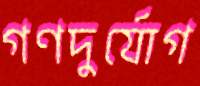
গণদুর্যোগ